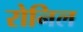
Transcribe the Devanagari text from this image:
रोनिल